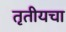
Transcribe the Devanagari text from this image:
तृतीयचा